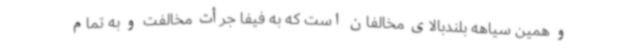
و همین سیاهه بلندبالای مخالفان است که به فیفا جرأت مخالفت و به تمام